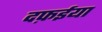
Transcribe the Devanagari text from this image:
दफ़ईया